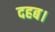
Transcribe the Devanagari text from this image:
दहब।